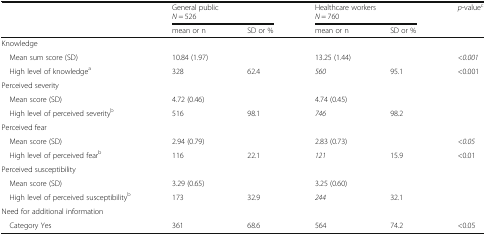
| <ROWSPAN=2>  | <COLSPAN=2> General publicN = 526 | <COLSPAN=2> Healthcare workersN = 760 | <ROWSPAN=2> p-valuec |
 | mean or n | SD or % | mean or n | SD or % |
 | --- | --- | --- | --- | --- | --- |
 | <COLSPAN=6> Knowledge |
 | Mean sum score (SD) | <COLSPAN=2> 10.84 (1.97) | <COLSPAN=2> 13.25 (1.44) | <0.001 |
 | High level of knowledgea | 328 | 62.4 | 560 | 95.1 | <0.001 |
 | <COLSPAN=6> Perceived severity |
 | Mean score (SD) | <COLSPAN=2> 4.72 (0.46) | <COLSPAN=2> 4.74 (0.45) |  |
 | High level of perceived severityb | 516 | 98.1 | 746 | 98.2 |  |
 | <COLSPAN=6> Perceived fear |
 | Mean score (SD) | <COLSPAN=2> 2.94 (0.79) | <COLSPAN=2> 2.83 (0.73) | <0.05 |
 | High level of perceived fearb | 116 | 22.1 | 121 | 15.9 | <0.01 |
 | <COLSPAN=6> Perceived susceptibility |
 | Mean score (SD) | <COLSPAN=2> 3.29 (0.65) | <COLSPAN=2> 3.25 (0.60) |  |
 | High level of perceived susceptibilityb | 173 | 32.9 | 244 | 32.1 |  |
 | <COLSPAN=6> Need for additional information |
 | Category Yes | 361 | 68.6 | 564 | 74.2 | <0.05 |